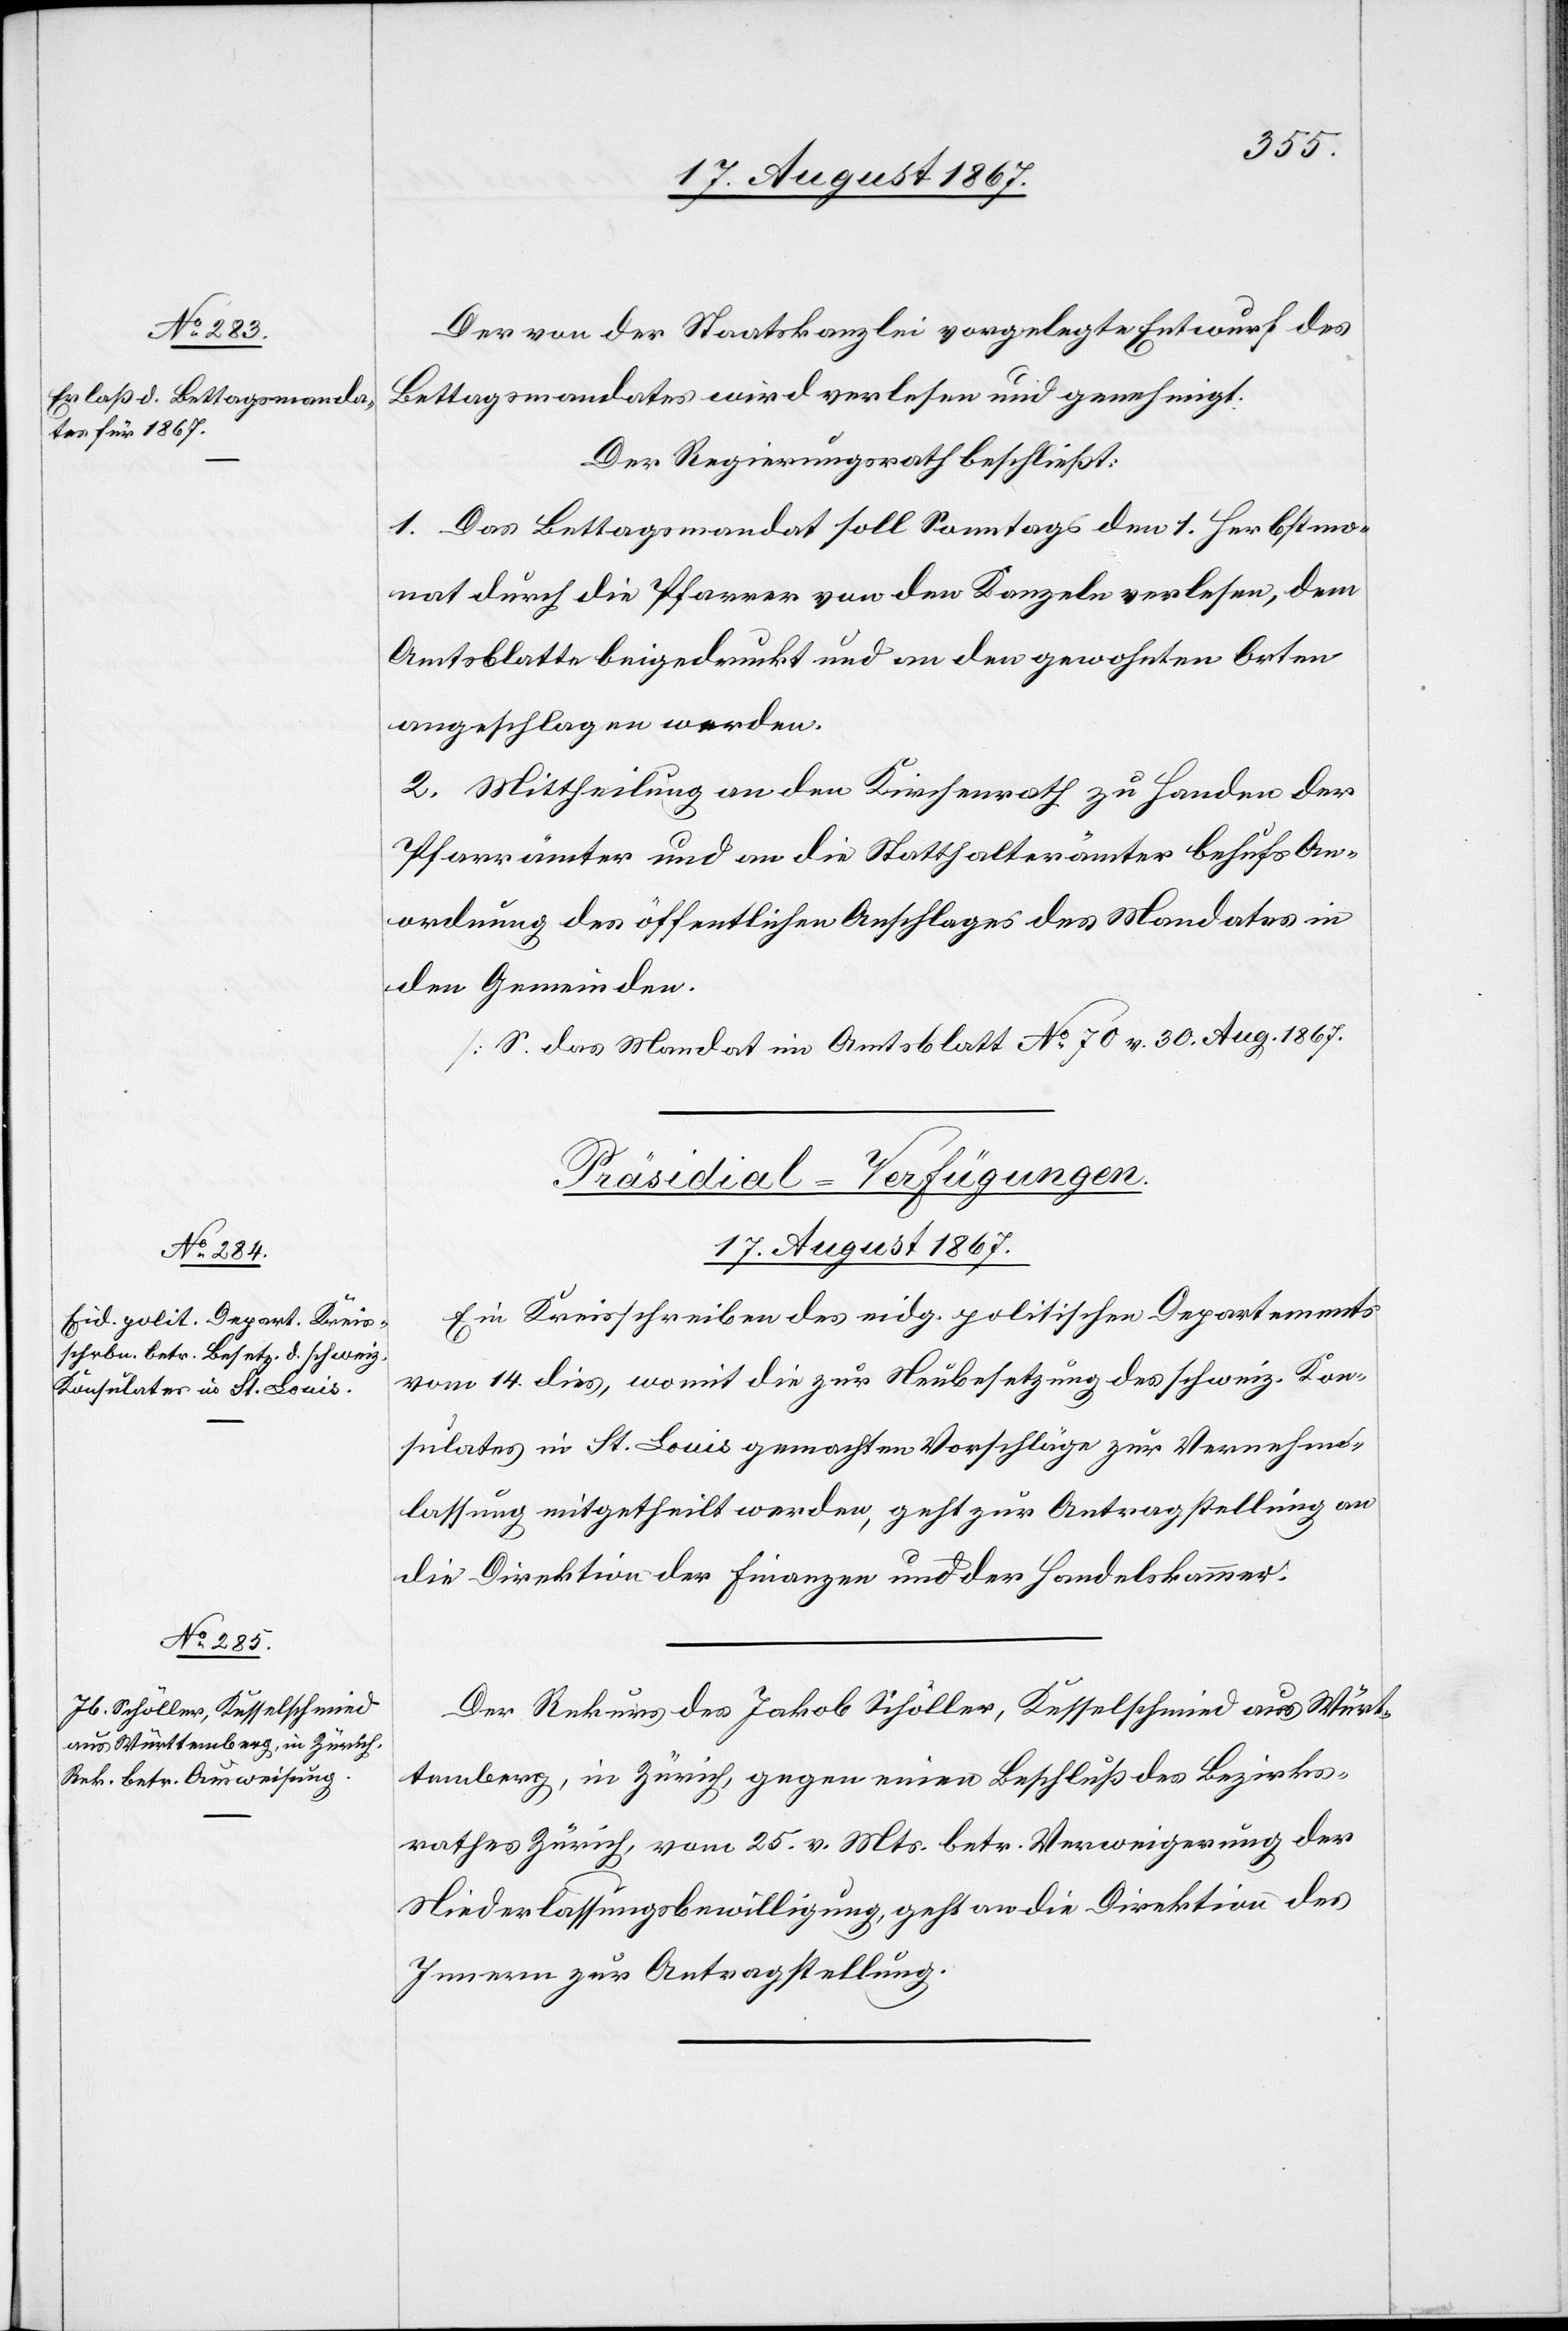
17. August 1867.]
Der von der Staatskanzlei vorgelegte Entwurf des
Bettagsmandates wird verlesen und genehmigt.
Der Regierungsrath beschließt:
1. Das Bettagsmandat soll Sonntags den 1. Herbstmo¬
nat durch die Pfarrer von den Kanzeln verlesen, dem
Amtsblatte beigedruckt und an den gewohnten Orten
angeschlagen werden.
2. Mittheilung an den Kirchenrath zu Handen der
Pfarrämter und an die Statthalterämter behufs An¬
ordnung des öffentlichen Anschlages des Mandates in
den Gemeinden.
[S. das Mandat im Amtsblatt No. 70 v. 30. Aug. 1867.]
[Praesidial-Verfügungen.
Ein Kreisschreiben des eidg. politischen Departements
vom 14. dies, womit die zur Neubesetzung des schweiz. Kon¬
sulates in St. Louis gemachten Vorschläge zur Vernehm¬
lassung mitgetheilt werden, geht zur Antragstellung an
die Direktion der Finanzen und der [sic!] Handelskammer.
Der Rekurs des Jakob Schöller, Kesselschmied aus Würt¬
temberg, in Zürich, gegen einen Beschluß des Bezirks¬
rathes Zürich, vom 25. v. Mts., betr. Verweigerung der
Niederlassungsbewilligung, geht an die Direktion des
Innern zur Antragstellung.